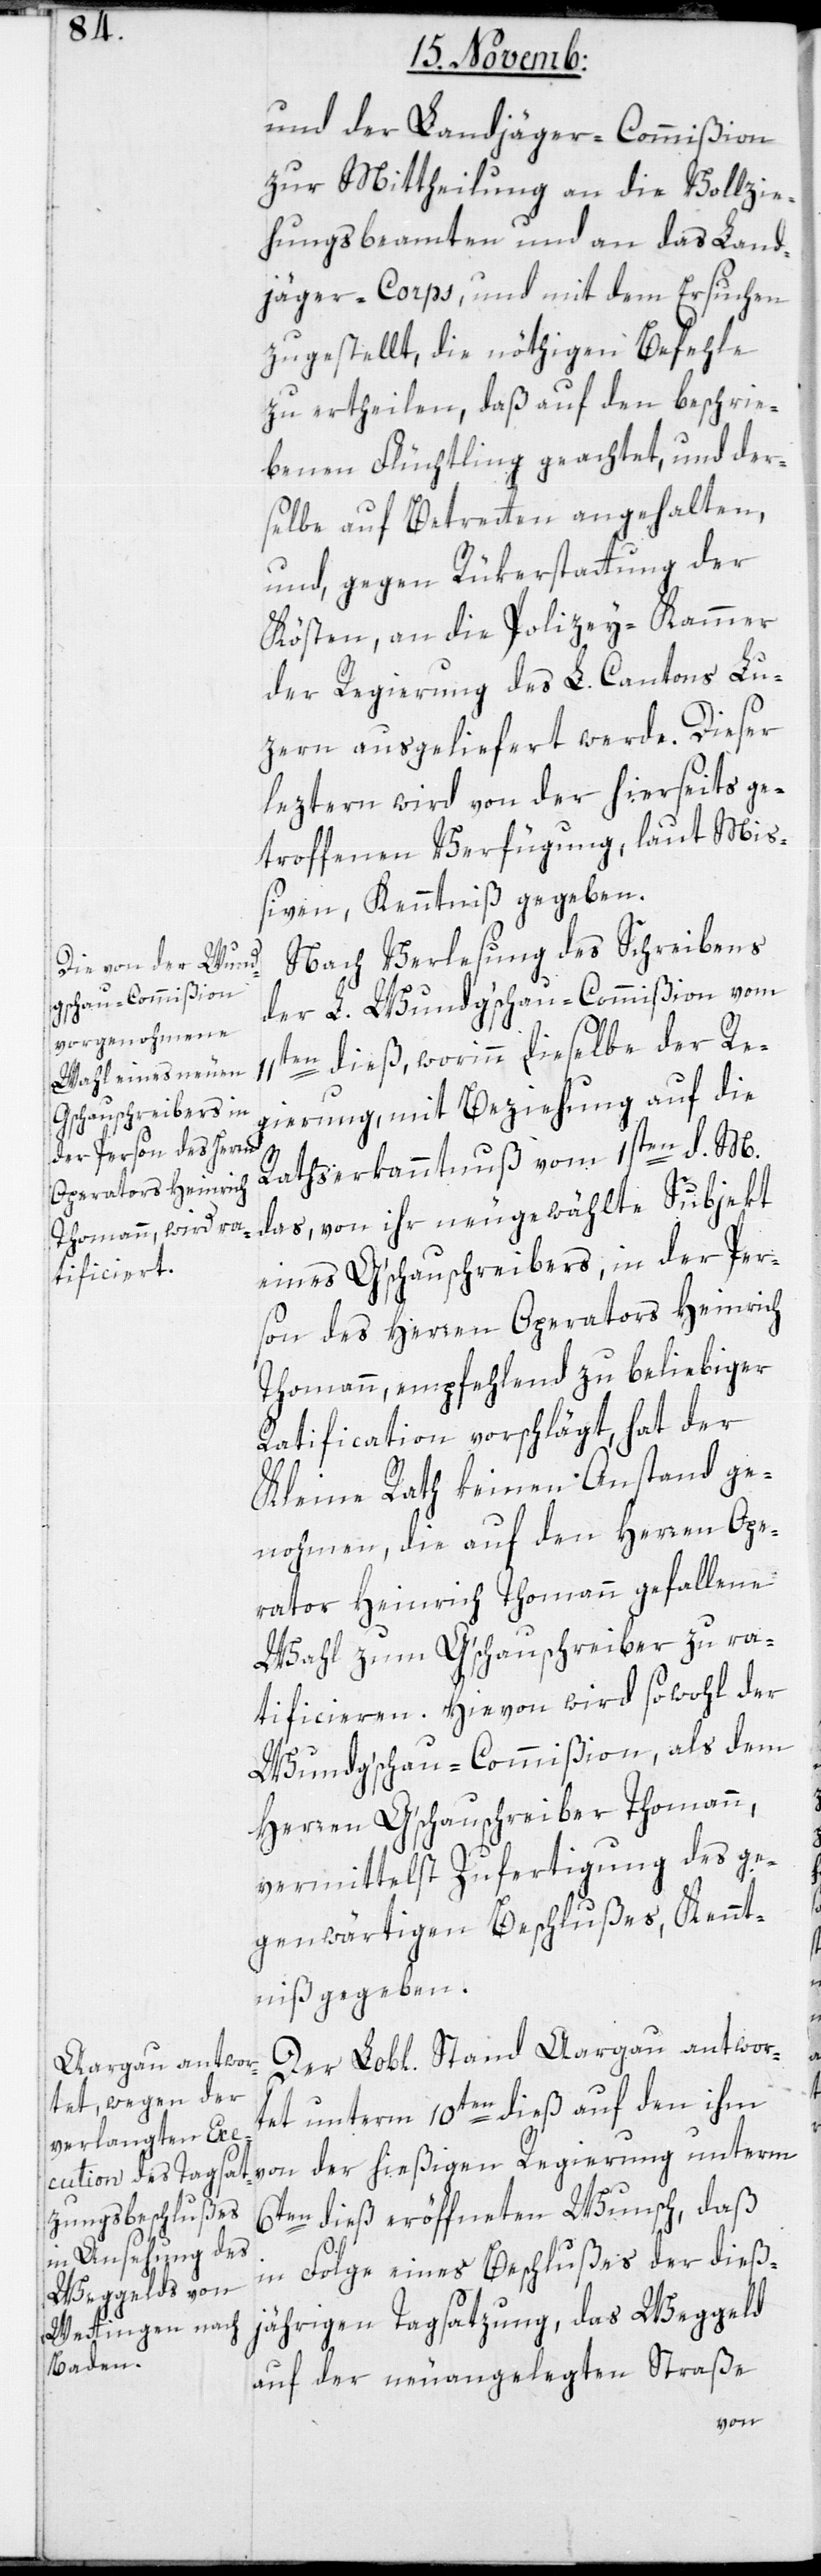
Aargau antwor¬

und der Landjäger-Commißion
zur Mittheilung an die Vollzie¬
hungsbeamten und an das Land¬
jäger-Corps, und mit dem Ersuchen
zugestellt, die nöthigen Befehle
zu ertheilen, daß auf den beschrie¬
benen Flüchtling geachtet, und der¬
selbe auf Betreten angehalten,
und, gegen Rükerstattung der
Kösten, an die Polizey-Kammer
der Regierung des L. Cantons Lu¬
zern ausgeliefert werde. Dieser
leztern wird von der hierseits ge¬
troffenen Verfügung, laut Miß¬
iven, Kenntniß gegeben.
Nach Verlesung des Schreibens
der L. Wundgschau-Commißion vom
11ten dieß, worinn dieselbe der Re¬
gierung, mit Beziehung auf die
Rathserkanntnuß vom 1sten d. M.
das, von ihr neugewählte Subject
eines Gschauschreibers, in der Per¬
son des Herren Operators Heinrich
Thomann, empfehlend zu beliebiger
Ratification vorschlägt, hat der
Kleine Rath keinen Anstand ge¬
nohmen, die auf den Herren Ope¬
rator Heinrich Thomann gefallene
Wahl zum Gschauschreiber zu ra¬
tificieren. Hievon wird sowohl der
Wundgschau-Commißion als dem
Herren Gschauschreiber Thomann,
vermittelst Zufertigung des ge¬
genwärtigen Beschlußes, Kennt¬
niß gegeben.
tet unterm 10ten dieß auf den ihm
von der hießigen Regierung unterm
6ten dieß eröffneten Wunsch, daß
in Folge eines Beschlußes der dieß¬
jährigen Tagsatzung, das Weggeld
auf der neuangelegten Straße